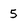
Character: 5